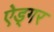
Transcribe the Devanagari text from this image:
ऐड्गर